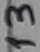
Text: 13